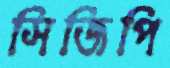
সিজিপি